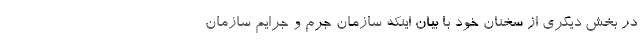
در بخش دیگری از سخنان خود با بیان اینکه سازمان جرم و جرایم سازمان